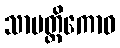
သာပတ္တိကောဝ